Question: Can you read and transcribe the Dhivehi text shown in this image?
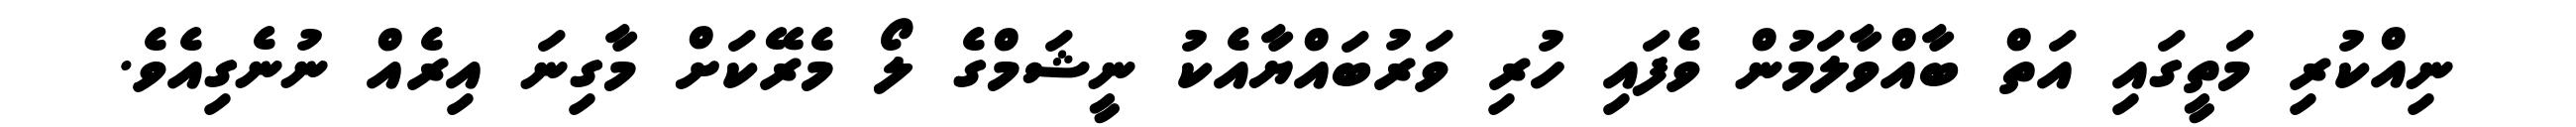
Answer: ނިއްކުރި މަތީގައި އަތް ބާއްވާލަމުން ވެފައި ހުރި ވަރުބައްޔާއެކު ނީޝަމްގެ ލޯ މެރޭކަށް މާގިނަ އިރެއް ނުނެގިއެވެ.